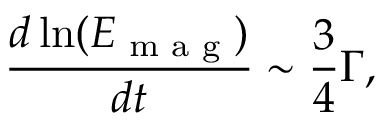
\frac { d \ln ( E _ { \textrm { m a g } } ) } { d t } \sim \frac { 3 } { 4 } \Gamma ,